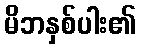
မိဘနှစ်ပါး၏